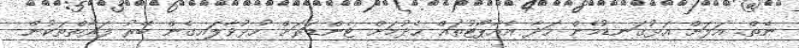
ނެތް. އަލަށް އަޅުގަނޑުމެން ހަދާ އެއާޕޯޓުތައް ހެދުމަށް ޓެންޑަރަށް ހުޅުވާލައިގެން ބޭރު ފަރާތްތަކުން